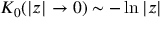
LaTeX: K _ { 0 } ( | z | \rightarrow 0 ) \sim - \ln | z |